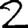
Digit: 2